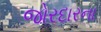
જોરદારના